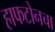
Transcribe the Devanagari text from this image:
हाफटोनचा